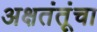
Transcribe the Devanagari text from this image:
अक्षतंतूंचा